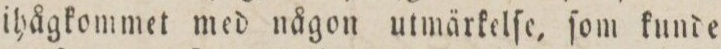
ihågkommet med någon utmärkelſe, ſom kunde